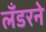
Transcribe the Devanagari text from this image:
लँडरने